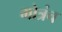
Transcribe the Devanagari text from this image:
गोत्रंच